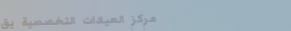
مركز العيادات التخصصية يق